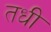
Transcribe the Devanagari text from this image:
तधी